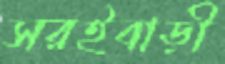
সরইবাড়ী